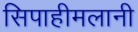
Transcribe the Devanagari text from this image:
सिपाहीमलानी